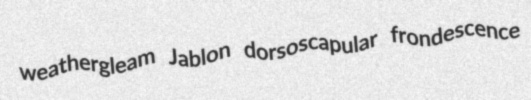
weathergleam Jablon dorsoscapular frondescence